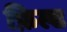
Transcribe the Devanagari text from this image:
फ़िल्ड